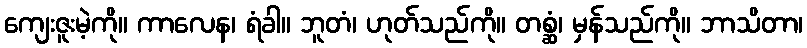
ကျေးဇူးမဲ့ကို။ ကာလေန၊ ရံခါ။ ဘူတံ၊ ဟုတ်သည်ကို။ တစ္ဆံ၊ မှန်သည်ကို။ ဘာသိတာ၊